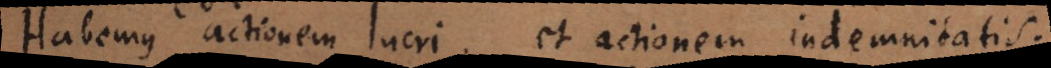
Habemus actionem lucri, et actionem indemnitatis.